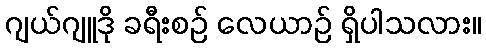
ဂျယ်ဂျူဒို ခရီးစဉ် လေယာဉ် ရှိပါသလား။